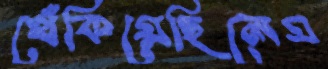
খেঁকিয়েছিলেম